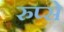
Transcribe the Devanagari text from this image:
रुप्से